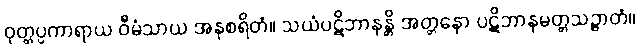
ဝုတ္တပ္ပကာရာယ ဝီမံသာယ အနုစရိတံ။ သယံပဋိဘာနန္တိ အတ္တနော ပဋိဘာနမတ္တသဉ္ဇာတံ။